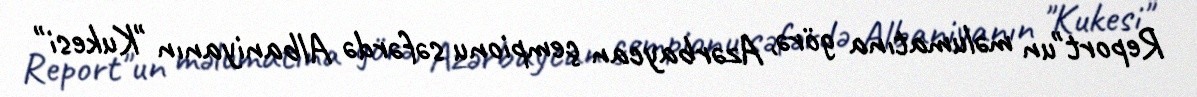
Report"un məlumatına görə, Azərbaycan çempionu səfərdə Albaniyanın "Kukesi"